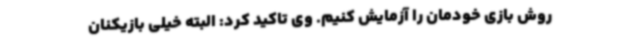
روش بازی خودمان را آزمایش کنیم. وی تاکید کرد: البته خیلی بازیکنان